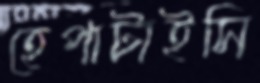
হেপাটাইসি